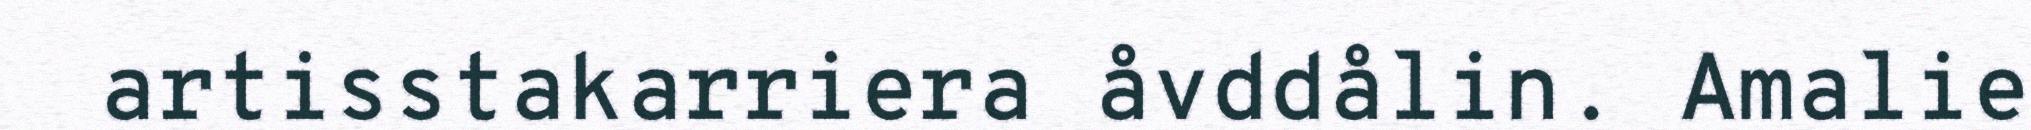
artisstakarriera åvddålin. Amalie